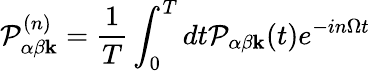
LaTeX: \mathcal{P}_{\alpha\beta\mathbf{k}}^{(n)}=\frac{1}{T}\int_{0}^{T}dt\mathcal{P}_{\alpha\beta\mathbf{k}}(t)e^{-in\Omega t}